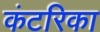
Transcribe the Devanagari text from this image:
कंटरिका